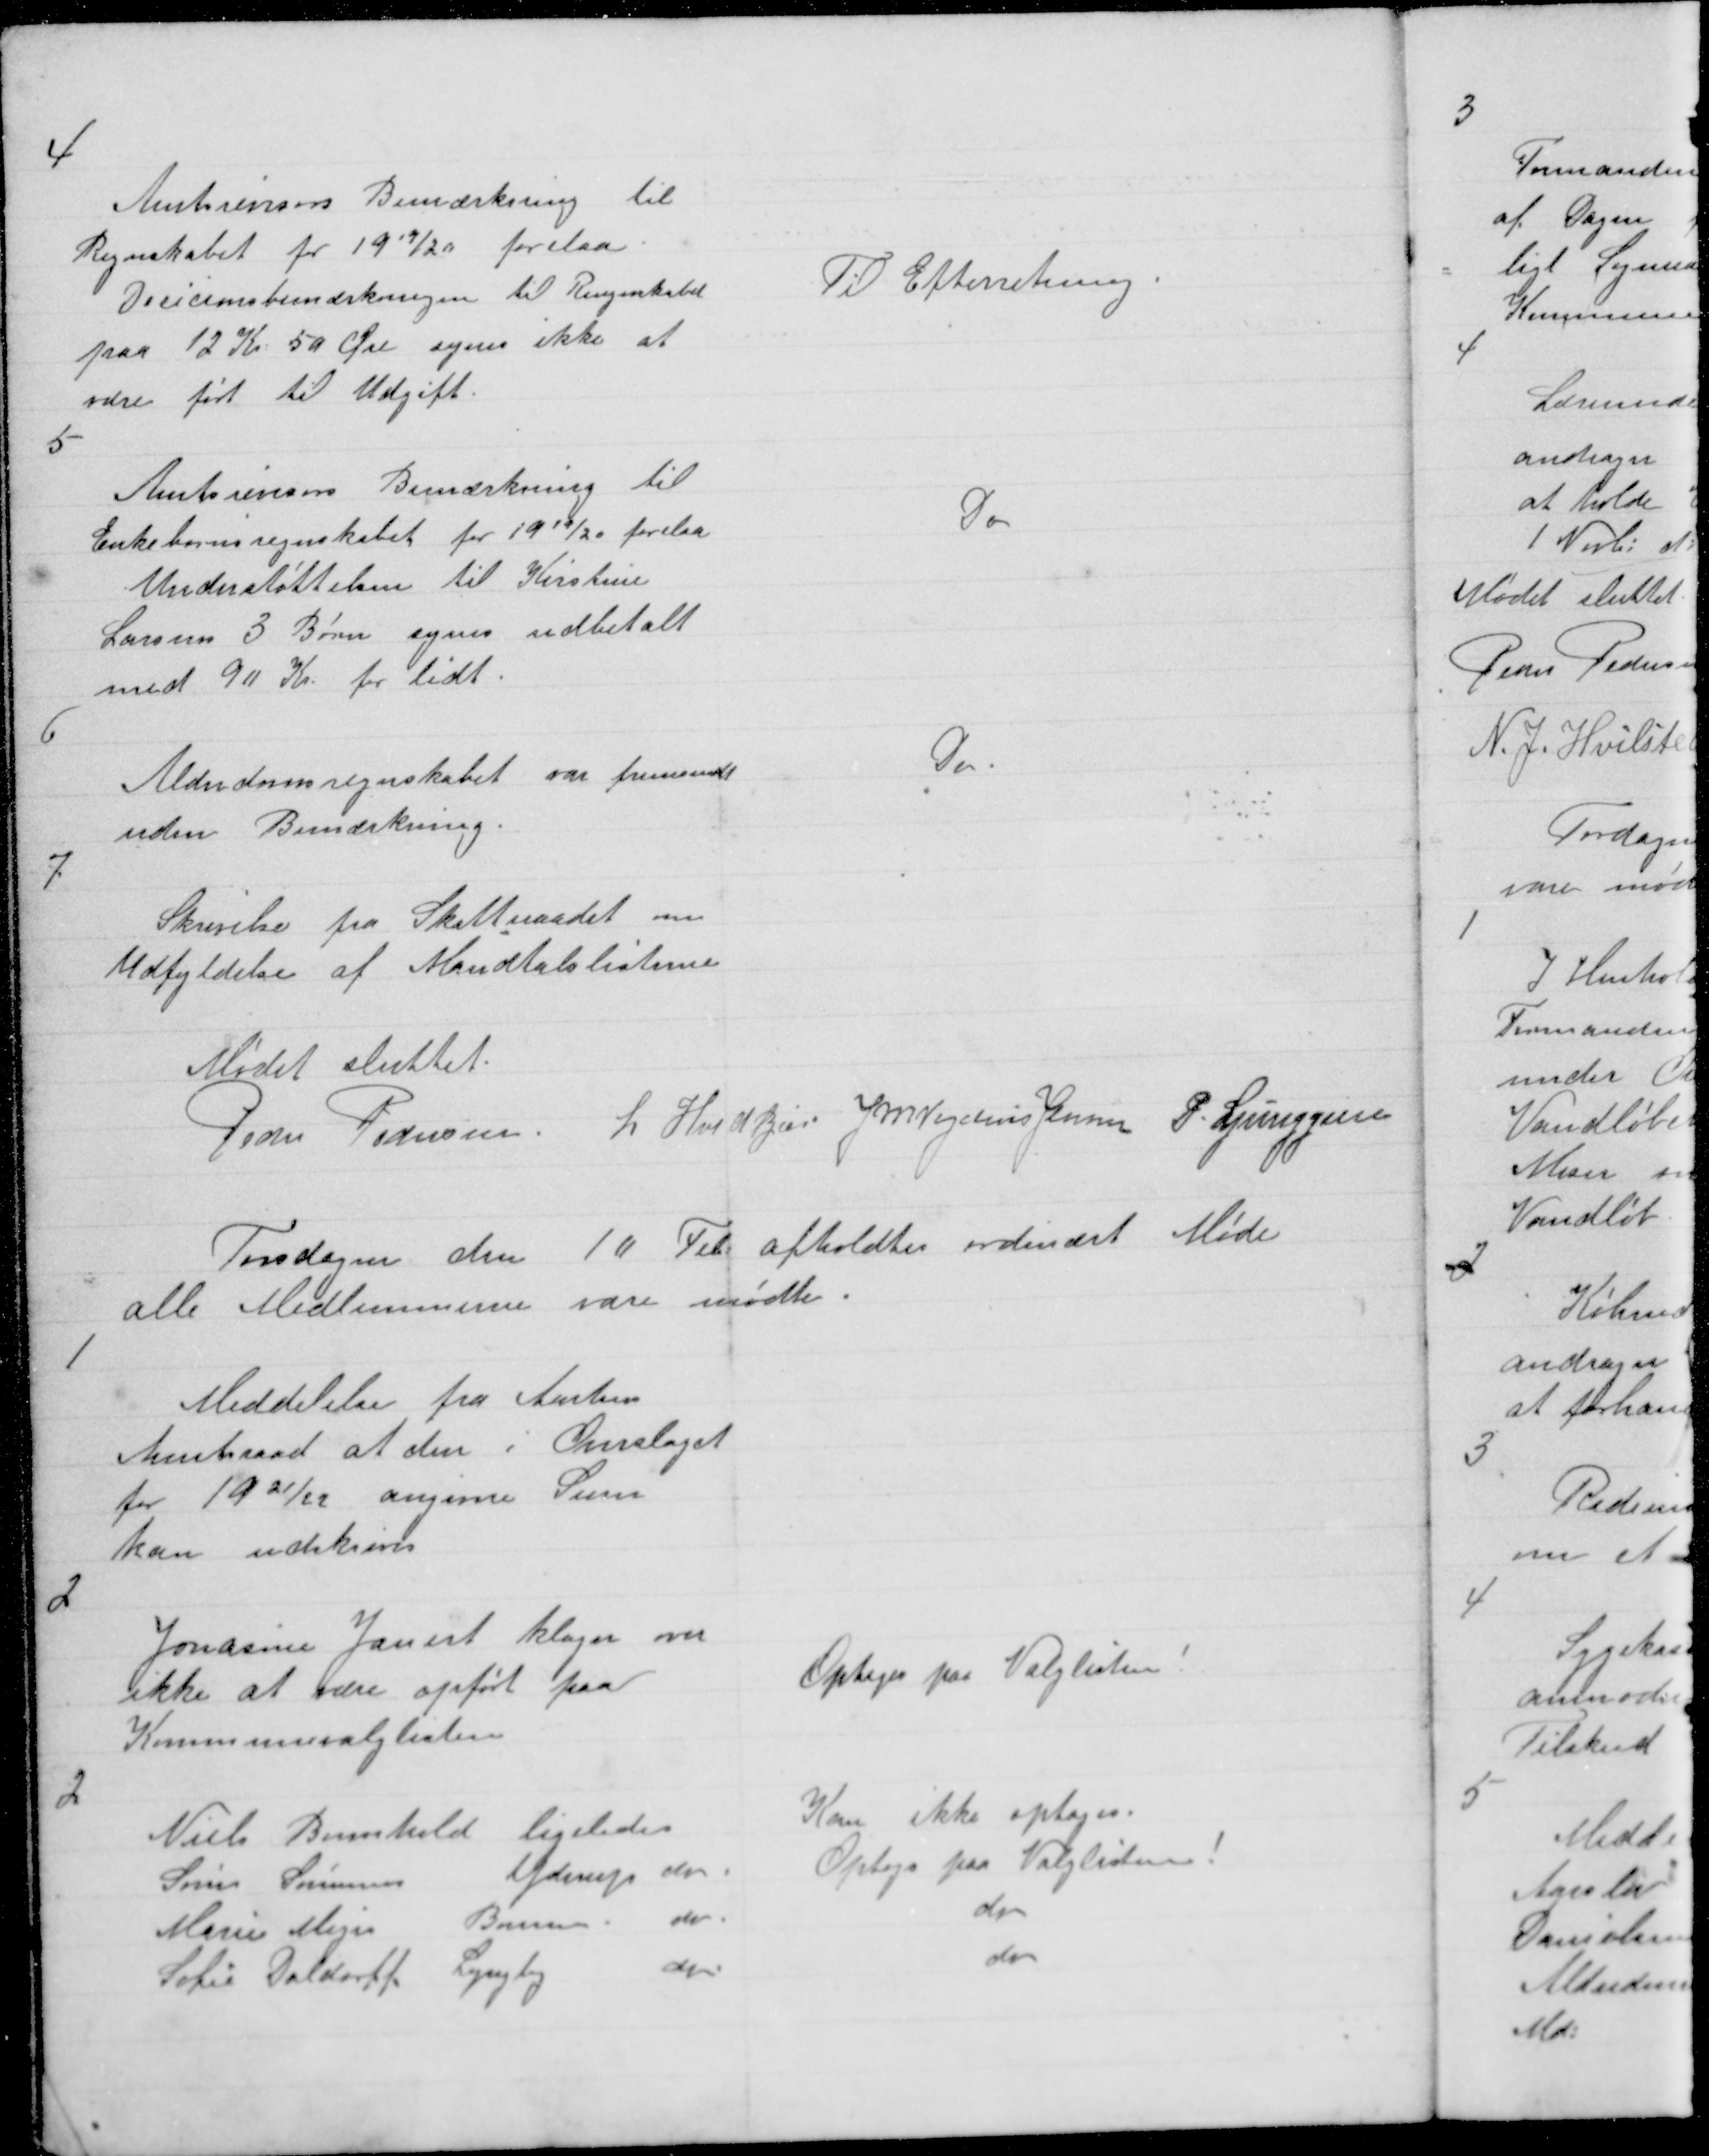
Transskription:
4

Amtsrevisorens Bemærkning til
Regnskabet for 1919/20 forelaa.
Decicionsbemærkningen til Regnskabet
paa 12 Kr: 50 Øre synes ikke at
være ført til Udgift.

Til Efterretning

5

Amtsrevisors Bemærkning til
Enkebørnsregnskabet for 1919/20 forelaa
Understøttelsen til Kirstine
Larsens 3 Børn synes udbetalt
med 90 Kr. for lidt.

Do

6

Alderdomsregnskabet var fremsendt
uden Bemærkning.

Do

7

Skrivelse fra Skatteraadet om
Udfyldelse af Mandtalslisterne

Mødet sluttet
Peder Pedersen L Hvidkjær J M Vogelius Jensen P. Ljunggren

Torsdagen den 10 Feb. afholdtes ordinært Møde
alle Medlemmerne vare mødte.

1

Meddelelse fra Aarhus
Amtsraad at den i Overslaget
for 1921/22 angivne Sum
kan udskrives

2

Jonasine Jauert klager over
ikke at være opført paa
Kommunevalglisten

Optages paa Valglisten !

2